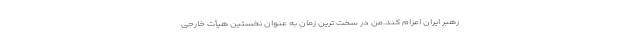
رهبر ایران اعزام کند.من در سخت ترین زمان به عنوان نخستین هیأت خارجی